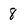
Character: 8